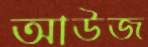
আউজ